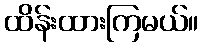
ထိန်းထားကြမယ်။